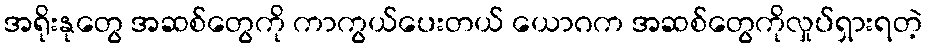
အရိုးနုတွေ အဆစ်တွေကို ကာကွယ်ပေးတယ် ယောဂက အဆစ်တွေကိုလှုပ်ရှားရတဲ့